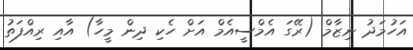
އަހުމަދު ނިޒާމް (ރޭގަ އެމްސީއެމް އަށް ހެކި ދިން މީހާ) އާއި ރިއްފަތު